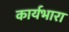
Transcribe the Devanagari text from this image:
कार्यभारा